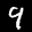
Label: 9